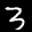
Label: 3